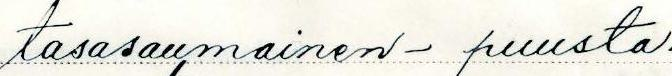
tasasaumainen - puusta